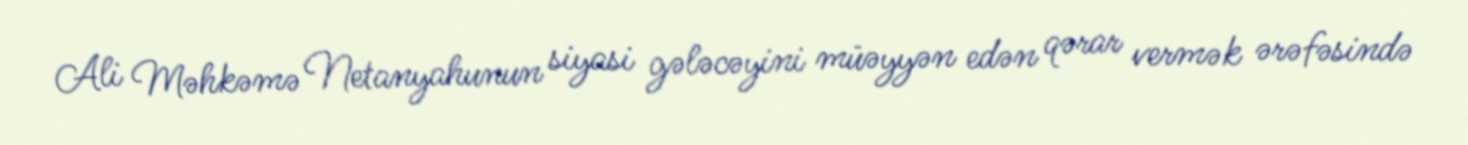
Ali Məhkəmə Netanyahunun siyasi gələcəyini müəyyən edən qərar vermək ərəfəsində